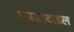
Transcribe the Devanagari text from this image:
थम्बस्टाइल